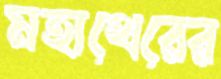
মহাথেরের